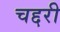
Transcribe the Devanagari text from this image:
चद्दरी